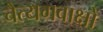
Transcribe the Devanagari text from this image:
चैत्यगवाक्षों